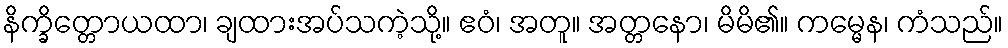
နိက္ခိတ္တောယထာ၊ ချထားအပ်သကဲ့သို့။ ဧဝံ၊ အတူ။ အတ္တနော၊ မိမိ၏။ ကမ္မေန၊ ကံသည်။